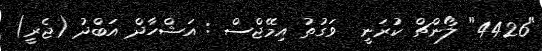
"4426" ލޯންޗް ކުރަނީ  ވަގުތު އިމޭޖްސް : އަޝްހާދް އަބްދު (ޖެރީ)